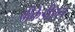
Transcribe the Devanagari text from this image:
पीकेडीएल